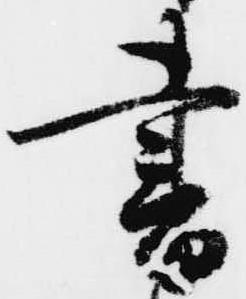
書